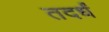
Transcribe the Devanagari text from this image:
तदर्धं